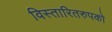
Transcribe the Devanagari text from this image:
विस्तारितरुपको